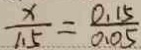
\frac { x } { 1 . 5 } = \frac { 0 . 1 5 } { 0 . 0 5 }